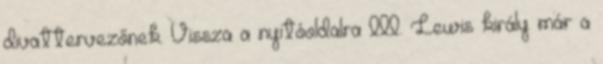
divattervezőnek. Vissza a nyitóoldalra III. Lewis király már a